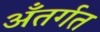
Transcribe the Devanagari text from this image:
अँतर्गत